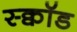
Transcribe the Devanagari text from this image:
स्क्वॉड